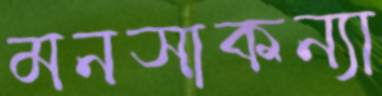
মনসাকন্যা